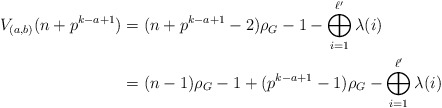
\begin{align*} V_{(a,b)}(n+p^{k-a+1}) & = (n+p^{k-a+1}-2)\rho_G - 1 -\bigoplus_{i=1}^{\ell'} \lambda(i) \\ & = (n-1)\rho_G -1+(p^{k-a+1}-1)\rho_G - \bigoplus_{i=1}^{\ell'} \lambda(i)\end{align*}